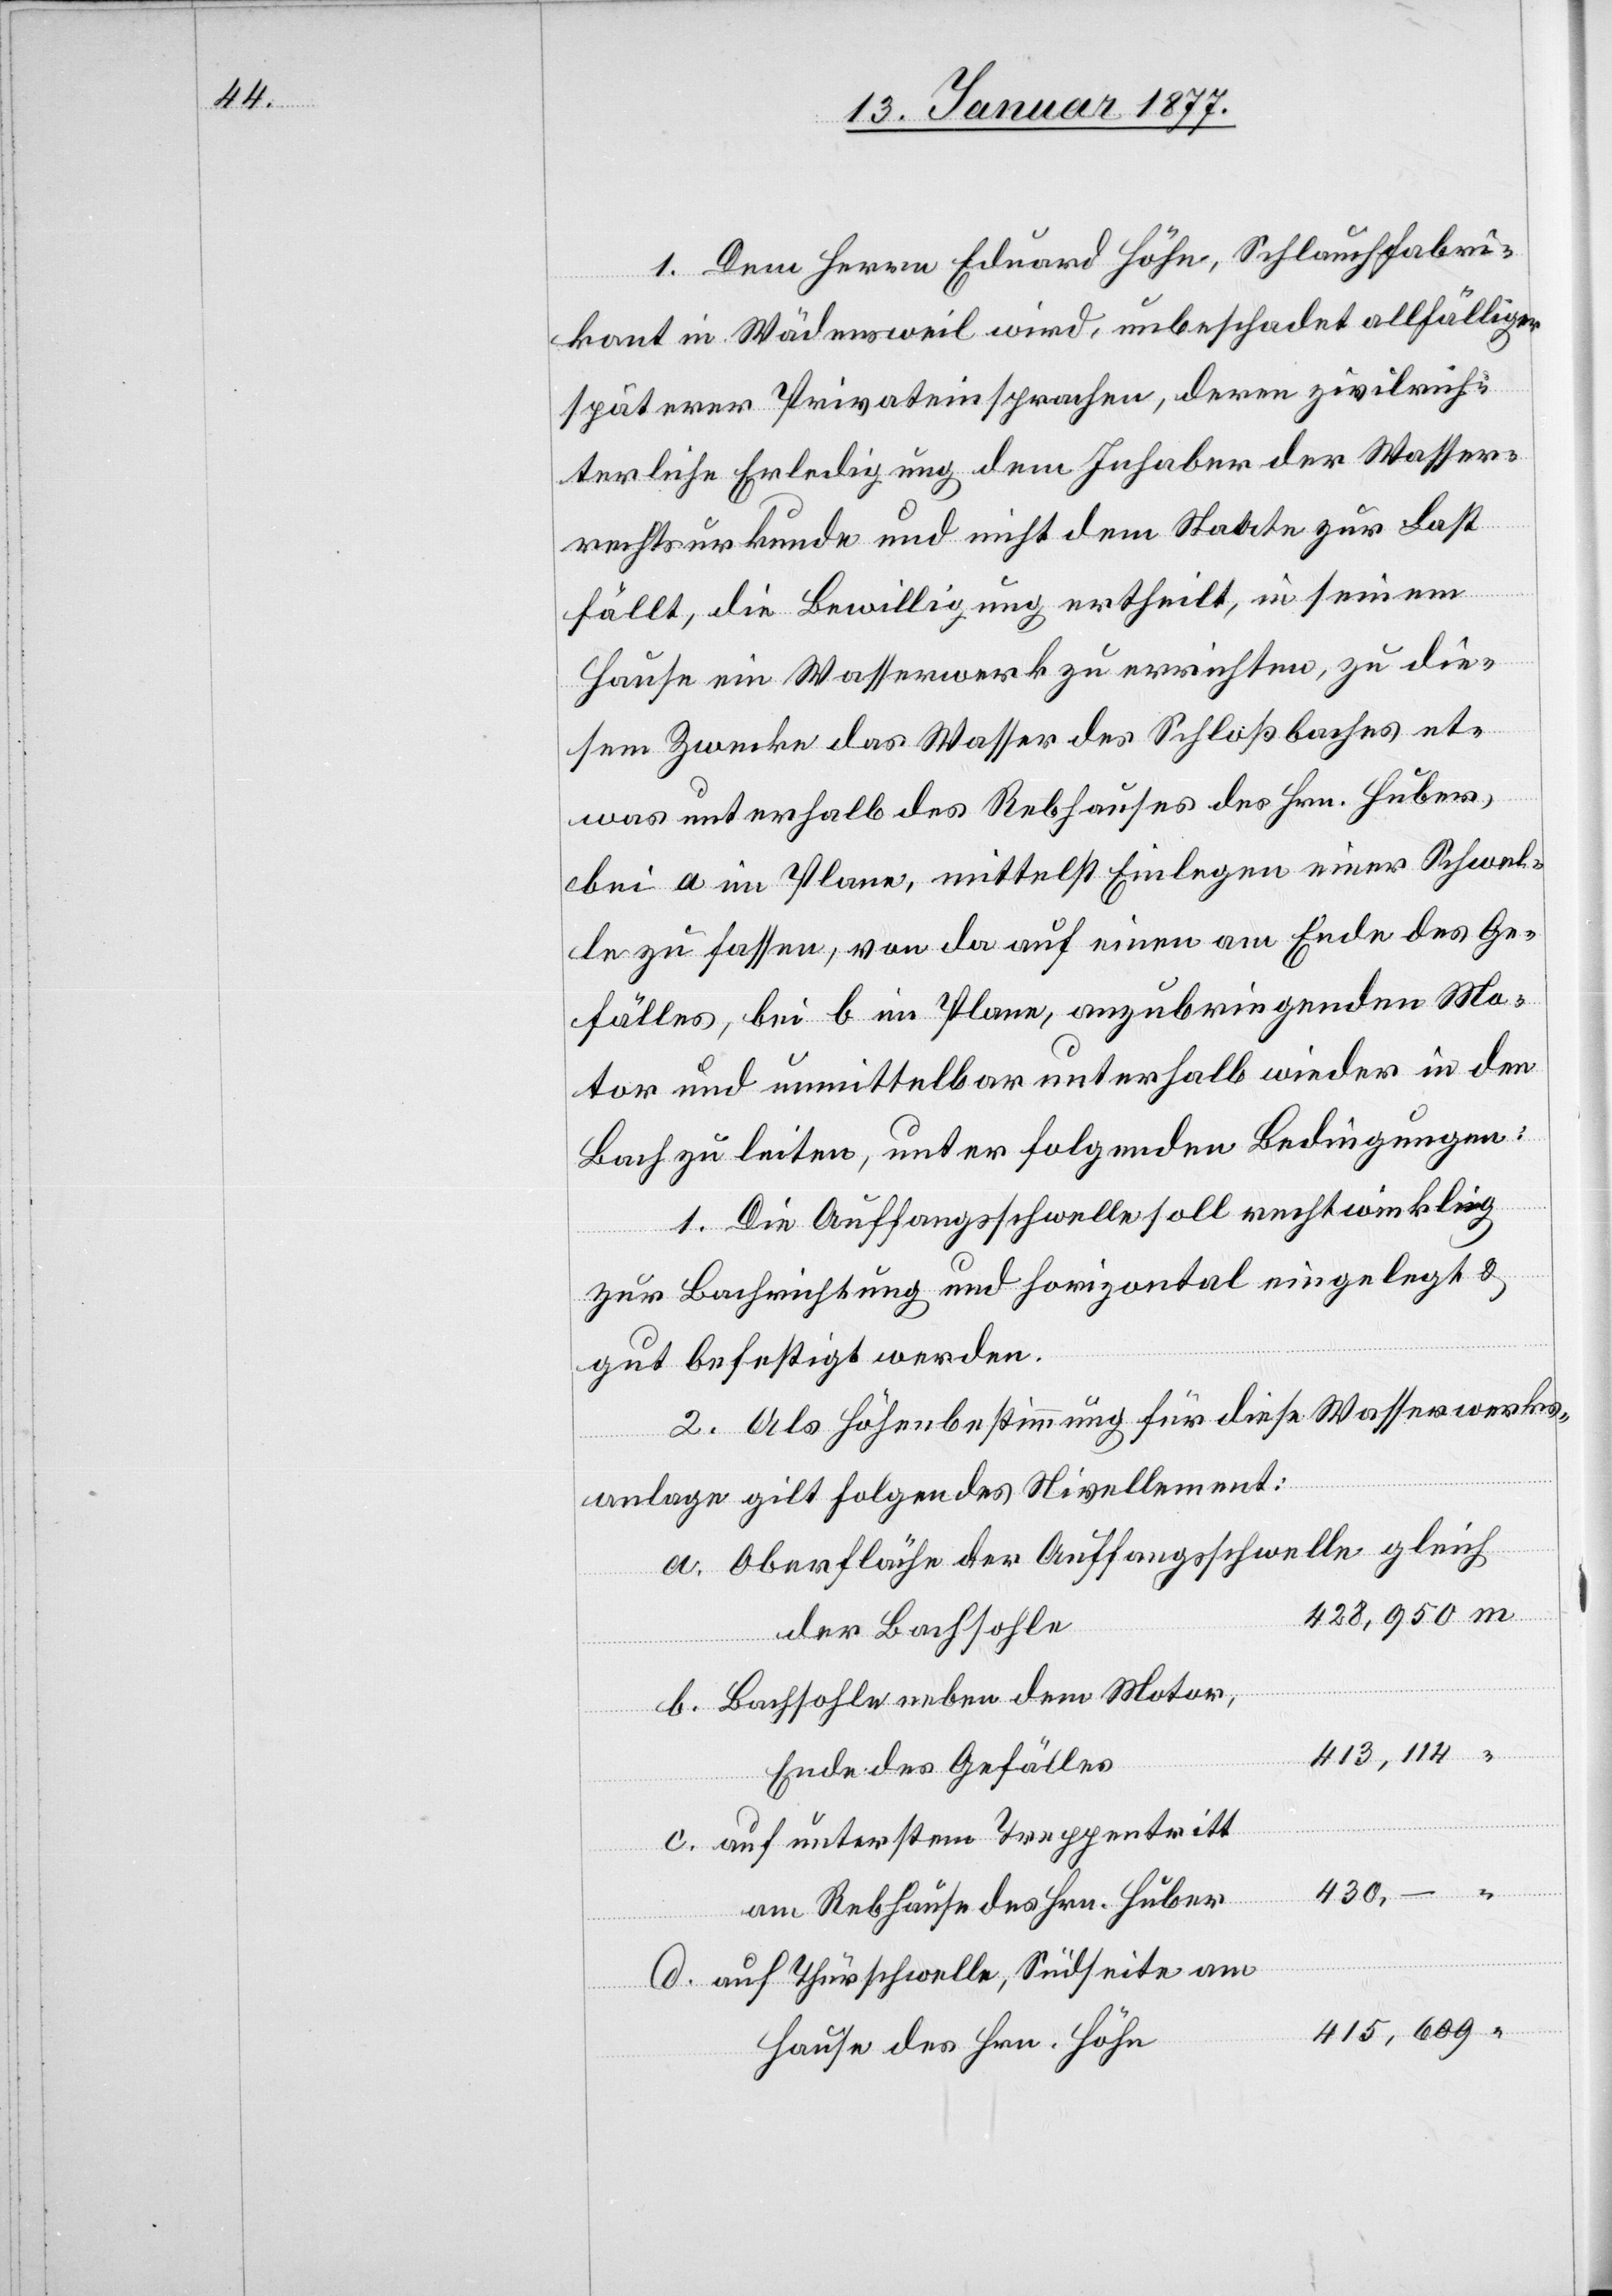
I. Dem Herrn Eduard Höhn, Schlauchfabri¬
kant in Wädensweil wird, unbeschadet allfälliger
späterer Privateinsprachen, deren zivilrich¬
terliche Erledigung dem Inhaber der Wasser¬
rechtsurkunde und nicht dem Staate zur Last
fällt, die Bewilligung ertheilt, in seinem
Hause ein Wasserwerk zu errichten, zu die¬
sem Zwecke das Wasser des Schloßbaches et¬
was unterhalb des Rebhauses des Hrn. Huber,
bei a im Plane, mittelst Einlegen einer Schwel¬
le zu fassen, von da auf einen am Ende des Ge¬
fälles, bei b im Plane anzubringenden Mo¬
tor und unmittelbar unterhalb wieder in den
Bach zu leiten, unter folgenden Bedingungen:
1. Die Auffangsschwelle soll rechtwinklig
zur Bachrichtung und horizontal eingelegt &
gut befestigt werden.
2. Als Höhenbestimmung für diese Wasserwerks¬
anlage gilt folgendes Nivellement:
a. Oberfläche der Auffangsschwelle gleich
der Bachsohle
b. Bachsohle neben dem Motor,
Ende des Gefälles
c. auf unterstem Treppentritt
430, –
am Rebhause des Hrn. Huber
auf Thürschwelle, Südseite am
415,609
Hause des Hrn. Höhn